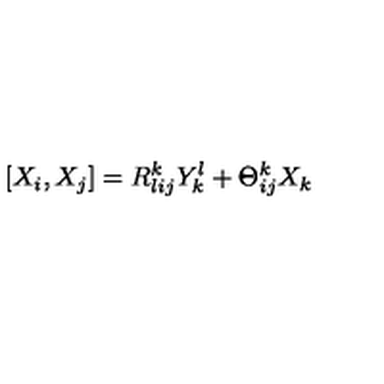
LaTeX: [ X _ { i } , X _ { j } ] = R _ { l i j } ^ { k } Y _ { k } ^ { l } + \Theta _ { i j } ^ { k } X _ { k }